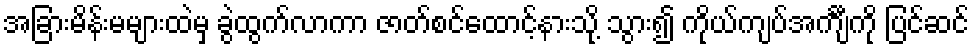
အခြားမိန်းမများထဲမှ ခွဲထွက်လာကာ ဇာတ်စင်ထောင့်နားသို့ သွား၍ ကိုယ်ကျပ်အင်္ကျီကို ပြင်ဆင်